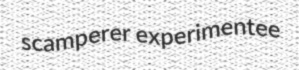
scamperer experimentee